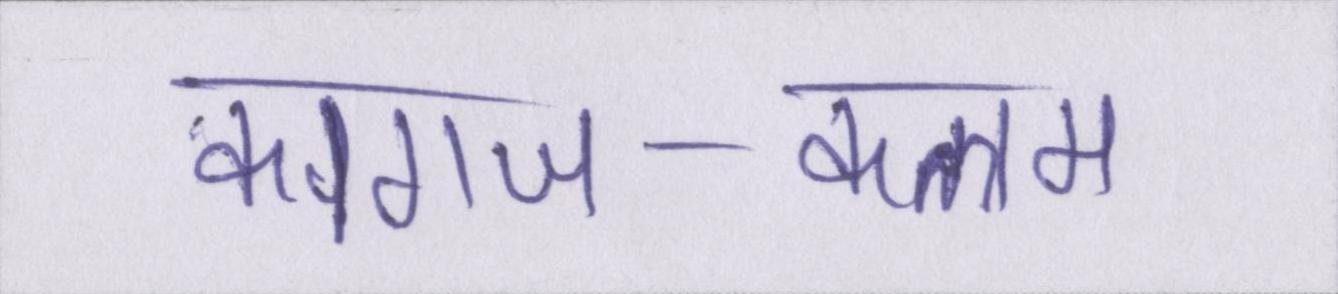
कागज-कलम